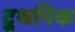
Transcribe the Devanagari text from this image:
टूथपिक